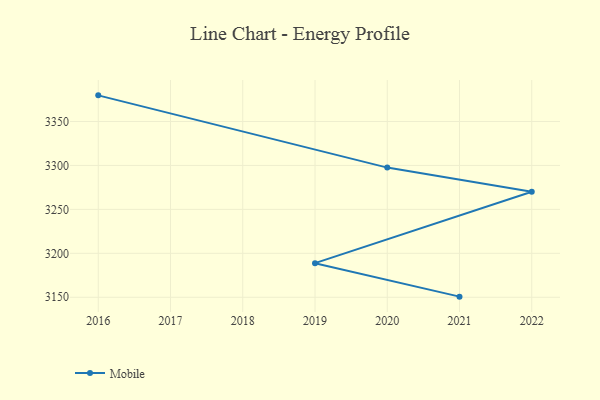
{"axis": {"x": "Year", "y": "Population (Million)"}, "legend": ["Mobile"], "data": [{"x": "2021", "y": 3150.7, "type": "Mobile"}, {"x": "2019", "y": 3188.8, "type": "Mobile"}, {"x": "2022", "y": 3270.1, "type": "Mobile"}, {"x": "2020", "y": 3297.5, "type": "Mobile"}, {"x": "2016", "y": 3379.7, "type": "Mobile"}]}